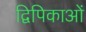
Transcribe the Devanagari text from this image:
द्विपिकाओं